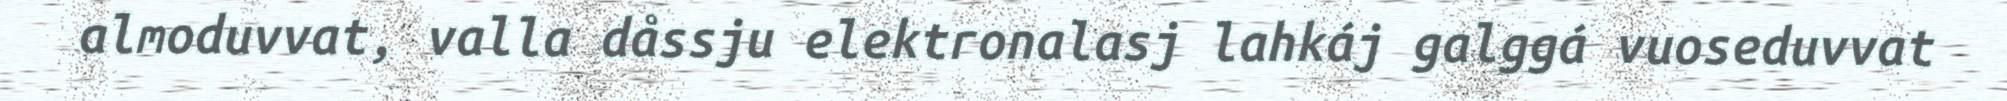
almoduvvat, valla dåssju elektronalasj lahkáj galggá vuoseduvvat